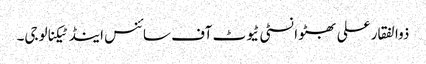
ذوالفقار علی بھٹو انسٹی ٹیوٹ آف سائنس اینڈ ٹیکنالوجی۔